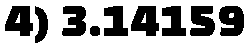
4) 3.14159